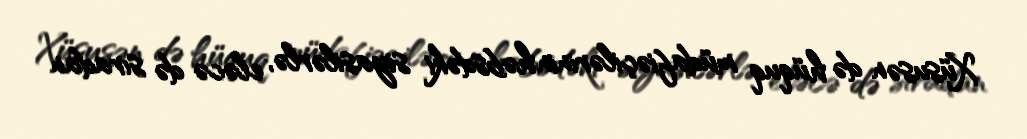
Xüsusən də hüquq müdafiəçilərinin həbsdəki siyasilərlə, eləcə də sıradan